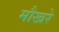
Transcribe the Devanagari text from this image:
मौखरे